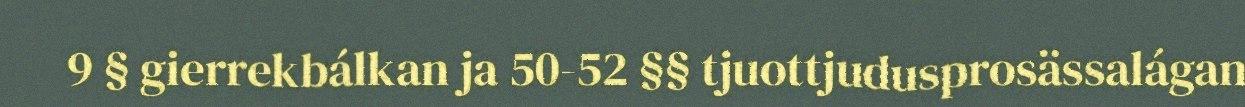
9 § gierrekbálkan ja 50-52 §§ tjuottjudusprosässalágan